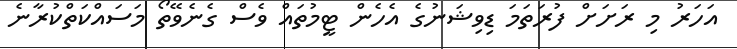
އަހަރު މި ރަަށަށް ފުރަތަމަ ޑިވިޝަނުގެ އެހެން ޓީމުތައް ވެސް ގެނެވޭތޯ މަސައްކަތްކުރާނެ